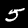
Digit: 5